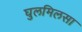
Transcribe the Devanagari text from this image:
घुलमिलसा